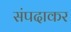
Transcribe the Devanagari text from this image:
संपदाकर